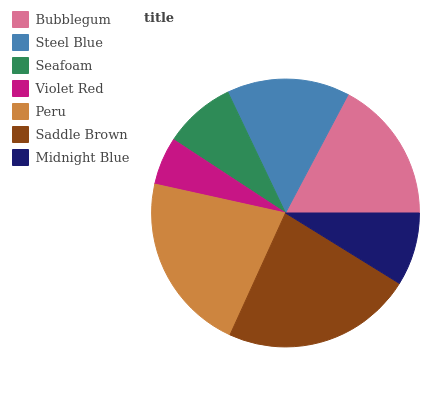
| Bubblegum | Steel Blue | Seafoam | Violet Red | Peru | Saddle Brown | Midnight Blue |
 | --- | --- | --- | --- | --- | --- | --- |
 | 17.2% | 14.9% | 8.69% | 5.79% | 21.7% | 23% | 8.83% |